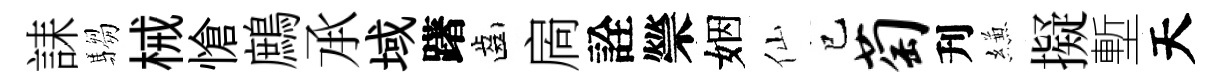
誄騶械愴鷓𠄘域躇齒扄詮禜姻仙已萄刋縑擬塹天